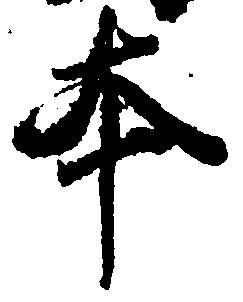
本